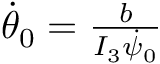
\begin{array} { r } { \dot { \theta } _ { 0 } = \frac { b } { I _ { 3 } \dot { \psi } _ { 0 } } } \end{array}